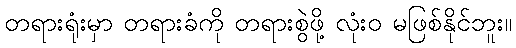
တရားရုံးမှာ တရားခံကို တရားစွဲဖို့ လုံးဝ မဖြစ်နိုင်ဘူး။